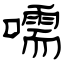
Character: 嚅